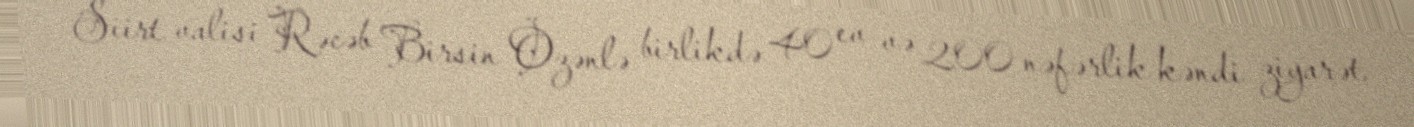
Siirt valisi Rəcəb Birsin Özənlə birlikdə 40 ev və 200 nəfərlik kəndi ziyarət